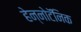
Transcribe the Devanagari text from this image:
हेन्नोटॅनिक